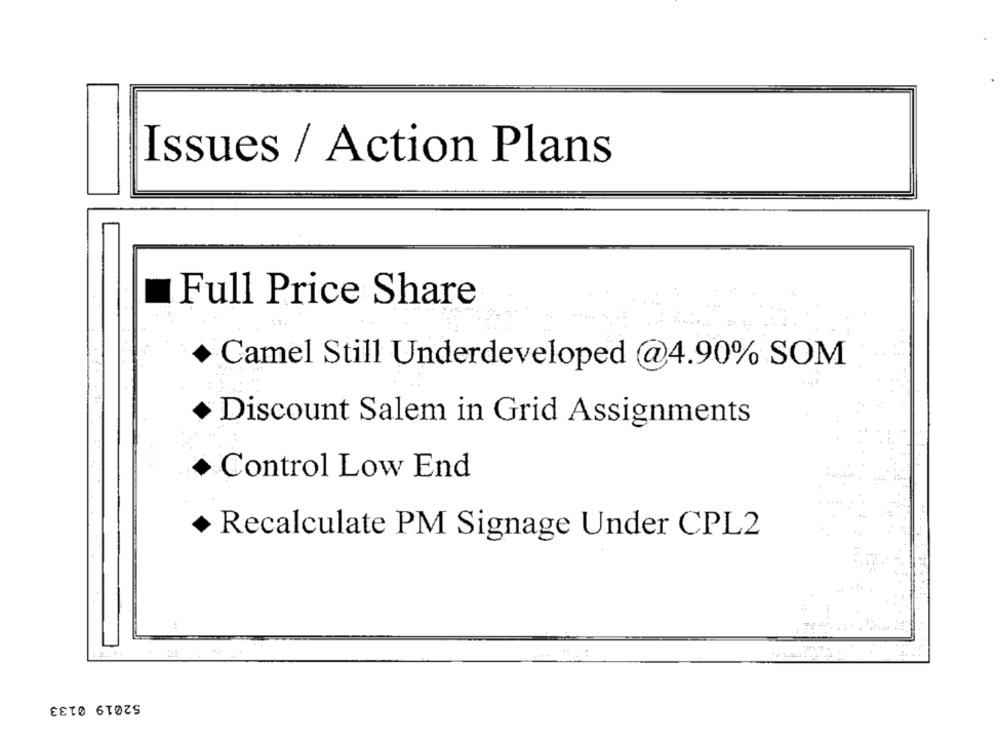
Issues / Action Plans
Full Price Share
Camel Still Underdeveloped @4.90% SOM
Discount Salem in Grid Assignments
Control Low End
Recalculate PM Signage Under CPL2
52019 0133